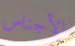
الأجناس